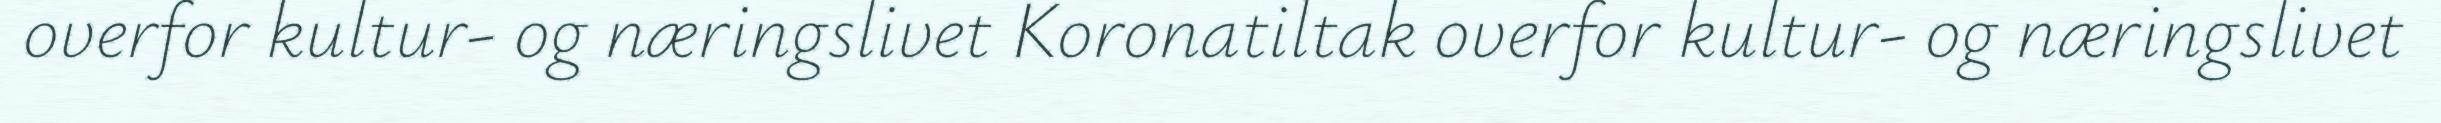
overfor kultur- og næringslivet Koronatiltak overfor kultur- og næringslivet